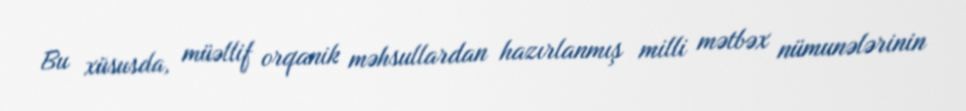
Bu xüsusda, müəllif orqanik məhsullardan hazırlanmış milli mətbəx nümunələrinin